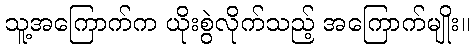
သူ့အကြောက်က ယိုးစွဲလိုက်သည့် အကြောက်မျိုး။